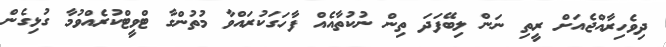
ދިވެހިރާއްޖެއަށް ރީތި ނަން ލިބޭފަދަ ތިން ނުކުތާއެއް ފާހަގަކުރައްވާ މުތުންގާ ޓްވީޓްކުރެއްވުމާ ގުޅިގެން